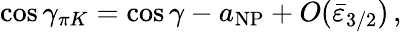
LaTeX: \cos\gamma_{\pi K}=\cos\gamma-a_{\mathrm{NP}}+O(\bar{\varepsilon}_{3/2})\, ,